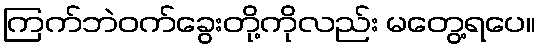
ကြက်ဘဲဝက်ခွေးတို့ကိုလည်း မတွေ့ရပေ။